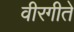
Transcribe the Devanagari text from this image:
वीरगीते